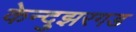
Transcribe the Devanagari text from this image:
केन्दुझरगड